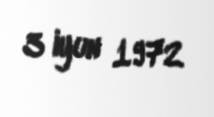
3 iyun 1972